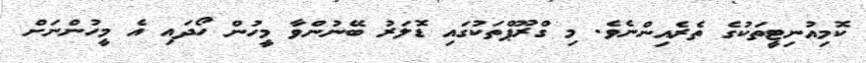
ކޮމިއުނިޓީތަކުގެ ތެރެއިންނެވެ. މި ގްރޫޕްތަކުގައި ޑޮލަރު ބޭނުންވާ މީހުން ހޯދައި އެ މީހުންނަށް